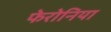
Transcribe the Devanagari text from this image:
फेरोनिया